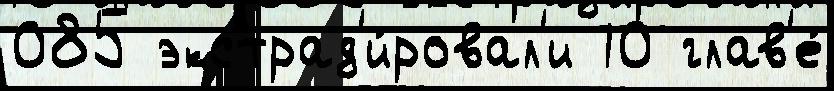
085 экстрад'и́ровал'и 10 глав'е́